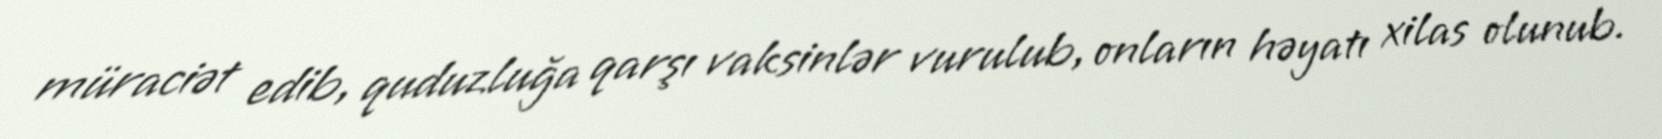
müraciət edib, quduzluğa qarşı vaksinlər vurulub, onların həyatı xilas olunub.